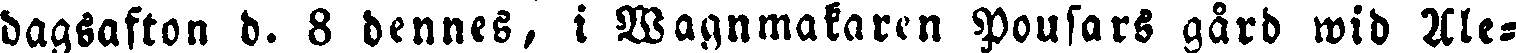
dagsafton d. 8 dennes, i Wagnmakaren Pousars gård wid Ale-